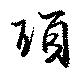
瑣